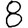
Digit: 8